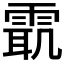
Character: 𱁜